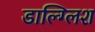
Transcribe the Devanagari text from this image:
डाल्ग्लिश